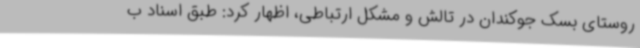
روستای بسک جوکندان در تالش و مشکل ارتباطی، اظهار کرد: طبق اسناد ب